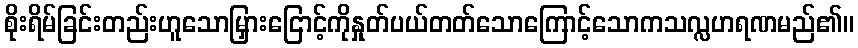
စိုးရိမ်ခြင်းတည်းဟူသောမြှားငြောင့်ကိုနှုတ်ပယ်တတ်သောကြောင့်သောကသလ္လဟရဏမည်၏။